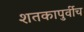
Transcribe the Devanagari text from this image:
शतकापुर्वीच